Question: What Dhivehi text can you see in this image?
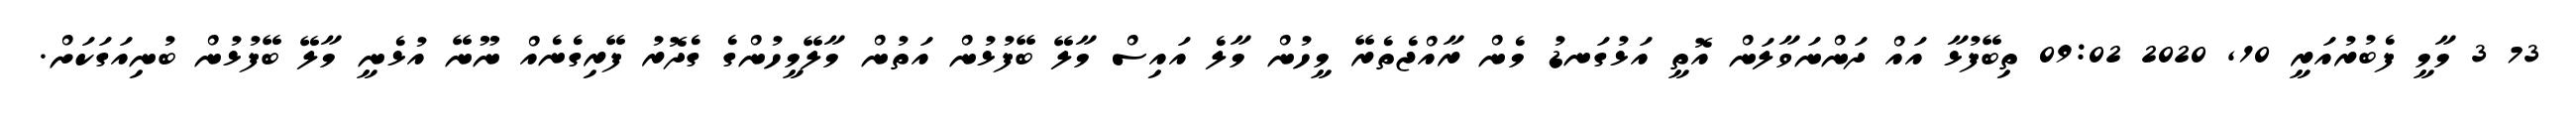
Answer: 73 3 މާމީ ފެބުރުއަރީ 10, 2020 09:02 ތިބޭފުޅާ އައް ދަންނަވާލަން އޮތީ އަޅުގަނޑު މެން ރާއްޖެތެރޭ މީހުން މާލެ އައިސް މާލޭ ބޭފުޅުން އަތުން މާލޭމީހުންގެ ގެދޮރު ފޭރިގެނެއް ނޫނޭ އުޅެނީ މާލޭ ބޭފުޅުން ބުނިއަގަކަށް.